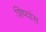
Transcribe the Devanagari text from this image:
शिष्यांस